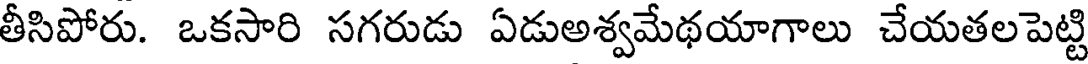
తీసిపోరు. ఒకసారి సగరుడు ఏడుఅశ్వమేథయాగాలు చేయతలపెట్టి